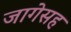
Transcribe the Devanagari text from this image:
जागेसह